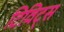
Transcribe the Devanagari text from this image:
टिविट्स